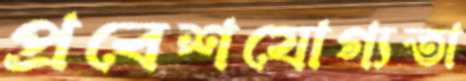
প্রবেশযোগ্যতা